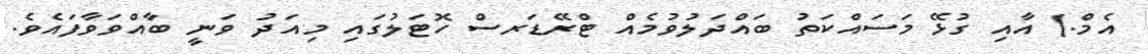
އެމް.) އާއި ގުޅޭ މަސައްކަތު ބައްދަލުވުމެއް ޓްރޭޑަރސް ހޮޓަލުގައި މިއަދު ވަނީ ބާއްވަވާފައެވެ.